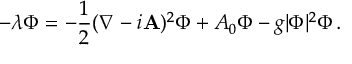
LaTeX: - \lambda \Phi = - { \frac { 1 } { 2 } } ( \nabla - i { \bf A } ) ^ { 2 } \Phi + A _ { 0 } \Phi - g | \Phi | ^ { 2 } \Phi \, .